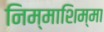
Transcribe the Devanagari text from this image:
निम्माशिम्मा